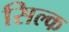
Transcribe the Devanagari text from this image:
सिल्‍क